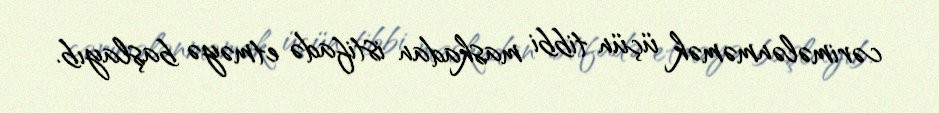
cərimələnməmək üçün tibbi maskadan istifadə etməyə başlayıb.